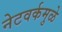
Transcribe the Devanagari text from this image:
नेटवर्कमुळे